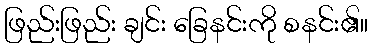
ဖြည်းဖြည်း ချင်း ခြေနင်းကို စနင်း၏။